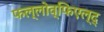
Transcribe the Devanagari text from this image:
फल्लोव्फिएल्द्